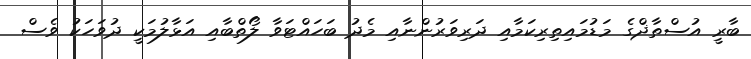
ބާރީ އުސްތާޛްގެ މަޑުމައިތިރިކަމާއި ދަރިވަރުންނާއި މެދު ބަހައްޓަވާ ލޯތްބާއި އަޅާލުމަކީ ދުވަހަކު ވެސް